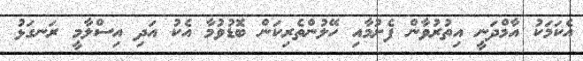
އެކަމަކު އާމްދަނީ އިތުރުވާން ފެށުމާއި ހޭލުންތެރިކަން ބޮޑުވުމާ އެކު އަދި އިސްލާމީ ރަނގަޅު